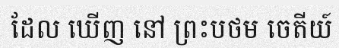
ដែល ឃើញ នៅ ព្រះបថម ចេតីយ៍